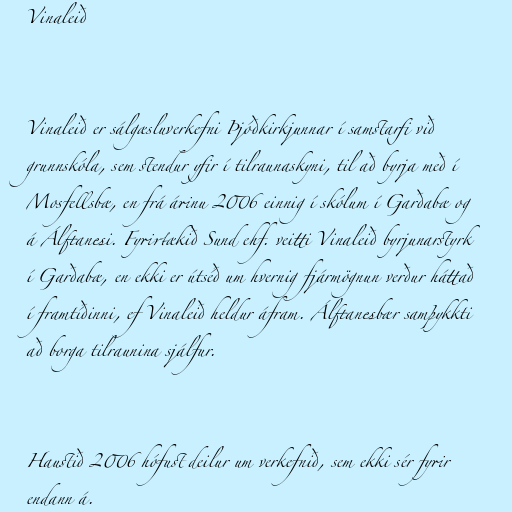
Vinaleið

Vinaleið er sálgæsluverkefni Þjóðkirkjunnar í samstarfi við
grunnskóla, sem stendur yfir í tilraunaskyni, til að byrja með í
Mosfellsbæ, en frá árinu 2006 einnig í skólum í Garðabæ og
á Álftanesi. Fyrirtækið Sund ehf. veitti Vinaleið byrjunarstyrk
í Garðabæ, en ekki er útséð um hvernig fjármögnun verður háttað
í framtíðinni, ef Vinaleið heldur áfram. Álftanesbær samþykkti
að borga tilraunina sjálfur.

Haustið 2006 hófust deilur um verkefnið, sem ekki sér fyrir
endann á.